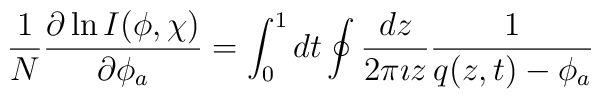
\frac{1}{N}\frac{\partial \ln I(\phi,\chi)}{\partial \phi_a} =  \int_0^1 dt\oint \frac{dz}{2\pi \imath z} \frac{1}{q(z,t)-\phi_a}